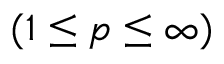
( 1 \leq { p } \leq \infty )